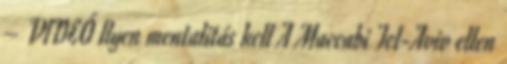
– VIDEÓ Ilyen mentalitás kell A Maccabi Tel-Aviv ellen